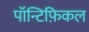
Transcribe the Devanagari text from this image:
पॉन्टिफ़िकल